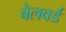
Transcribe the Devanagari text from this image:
बेलवर्ड